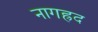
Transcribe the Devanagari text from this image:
नागह्रद